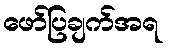
ဖော်ပြချက်အရ